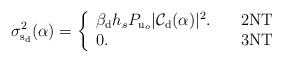
LaTeX: \begin{align*}&\!\!\!\!\!\!\!\sigma_{{\rm s_d}}^2(\alpha)= \left\{\begin{array}{ll}\beta_{\rm d} h_s P_{{\rm u}_{o}} |\mathcal{C}_{\rm d}(\alpha)|^2. \ \ \ & {\rm 2NT} \\0. & {\rm 3NT}\end{array}\right.\end{align*}